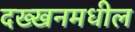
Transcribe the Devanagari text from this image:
दख्खनमधील